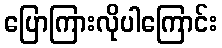
ပြောကြားလိုပါကြောင်း